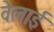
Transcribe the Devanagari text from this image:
वेलाई